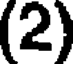
(2)